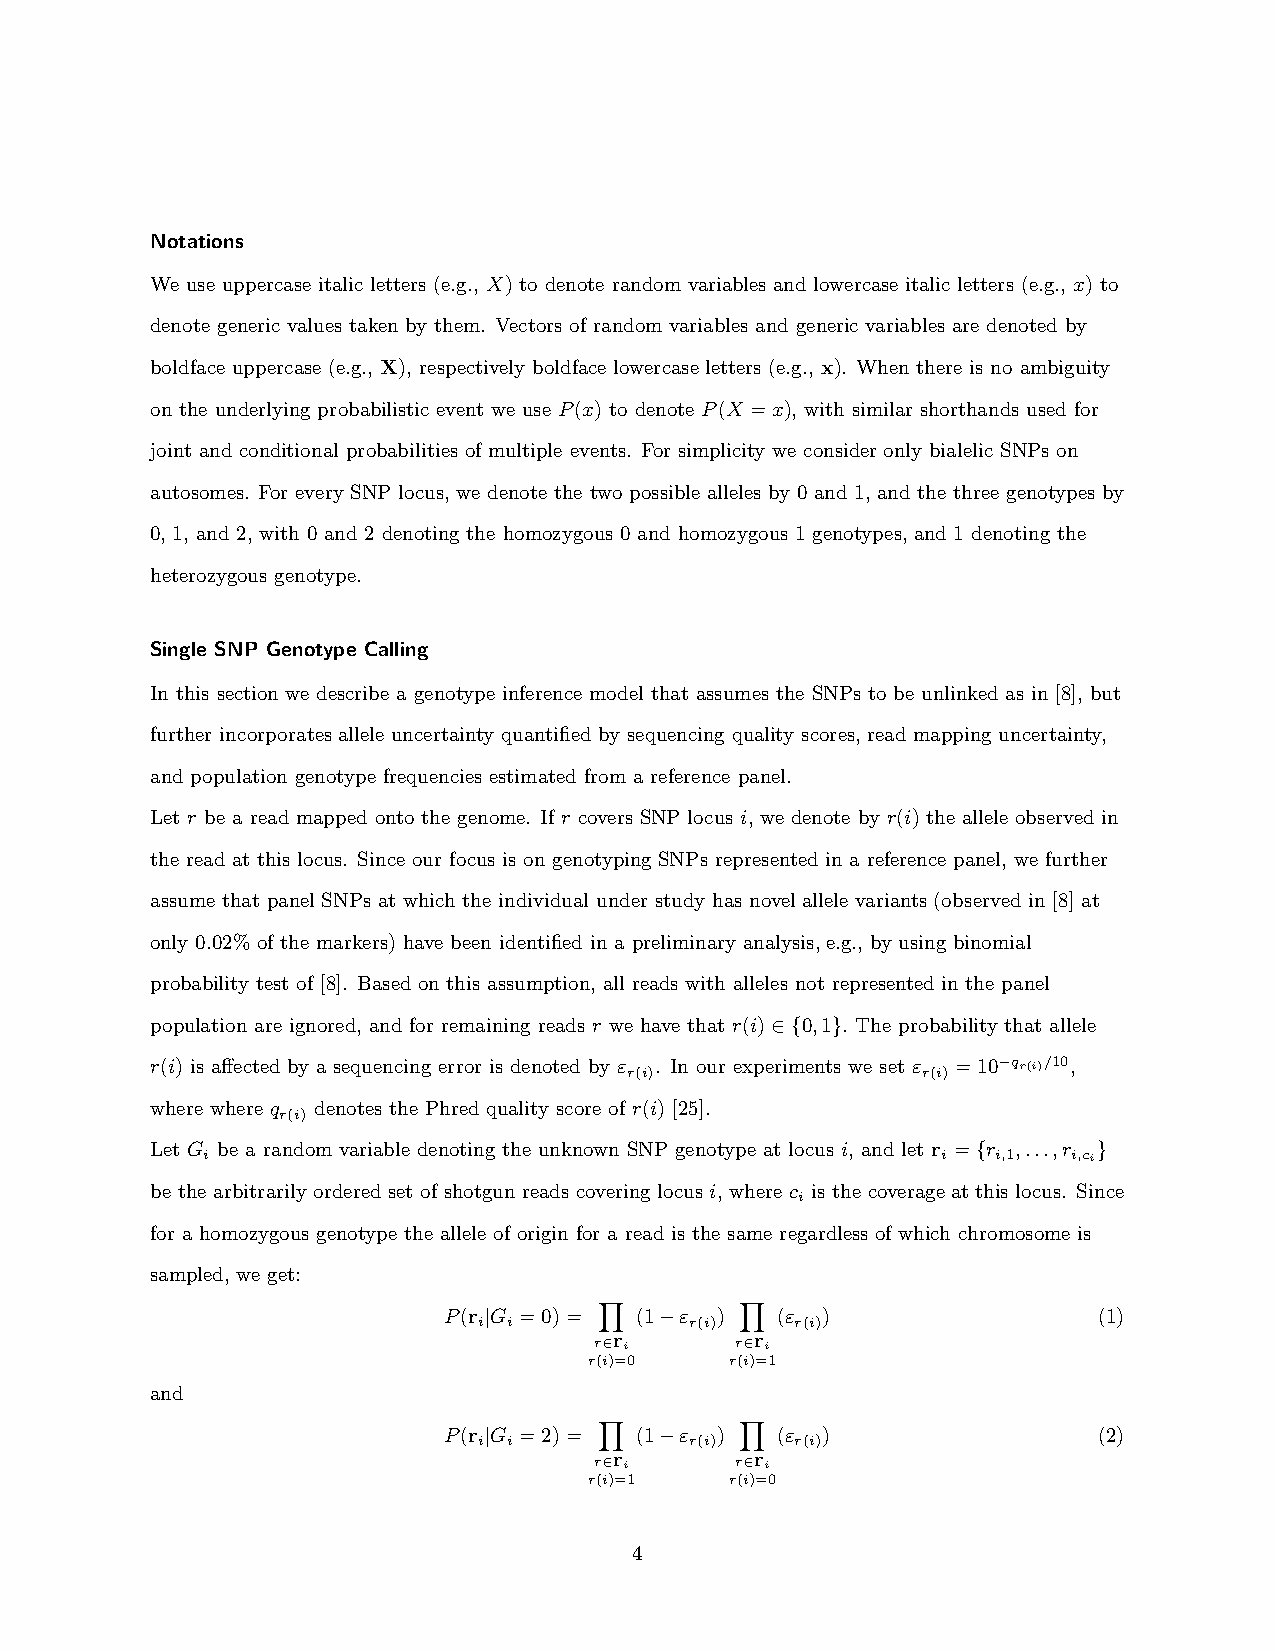
Notations
 We use uppercase italic letters (e.g., X) to denote random variables and lowercase italic letters (e.g., x) to
 denote generic values taken by them. Vectors of random variables and generic variables are denoted by
 boldface uppercase (e.g., X), respectively boldface lowercase letters (e.g., x). When there is no ambiguity
 on the underlying probabilistic event we use P(x) to denote P(X =x), with similar shorthands used for
 joint and conditional probabilities of multiple events. For simplicity we consider only bialelic SNPs on
 autosomes. For every SNP locus, we denote the two possible alleles by 0 and 1, and the three genotypes by
 0, 1, and 2, with 0 and 2 denoting the homozygous 0 and homozygous 1 genotypes, and 1 denoting the
 heterozygous genotype.
 Single SNP Genotype Calling
 In this section we describe a genotype inference model that assumes the SNPs to be unlinked as in [8], but
 further incorporates allele uncertainty quantified by sequencing quality scores, read mapping uncertainty,
 and population genotype frequencies estimated from a reference panel.
 Let r be a read mapped onto the genome. If r covers SNP locus i, we denote by r(i) the allele observed in
 the read at this locus. Since our focus is on genotyping SNPs represented in a reference panel, we further
 assume that panel SNPs at which the individual under study has novel allele variants (observed in [8] at
 only 0.02% of the markers) have been identified in a preliminary analysis, e.g., by using binomial
 probability test of [8]. Based on this assumption, all reads with alleles not represented in the panel
 population are ignored, and for remaining reads r we have that r(i)∈{0,1}. The probability that allele
 r(i) is affected by a sequencing error is denoted by ε r(i). In our experiments we set ε
 r(i)
 =10−qr(i)/10,
 where where q denotes the Phred quality score of r(i) [25].
 r(i)
 Let G be a random variable denoting the unknown SNP genotype at locus i, and let r ={r ,...,r }
 i                                                i   i,1  i,ci
 be the arbitrarily orderedset of shotgun reads covering locus i, where c is the coverageat this locus. Since
 i
 for a homozygous genotype the allele of origin for a read is the same regardless of which chromosome is
 sampled, we get:
 P(r |G =0)=  (1−ε )   (ε )                  (1)
 i i           r(i)   r(i)
 rY∈r
 i
 rY∈r
 i
 r(i)=0   r(i)=1
 and
 P(r |G =2)=  (1−ε )   (ε )                  (2)
 i i           r(i)   r(i)
 rY∈r
 i
 rY∈r
 i
 r(i)=1   r(i)=0
 4